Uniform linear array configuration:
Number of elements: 48
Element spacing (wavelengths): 0.25
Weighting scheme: hann
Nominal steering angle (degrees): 30
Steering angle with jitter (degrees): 29.761
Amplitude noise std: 0.05
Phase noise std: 0.05

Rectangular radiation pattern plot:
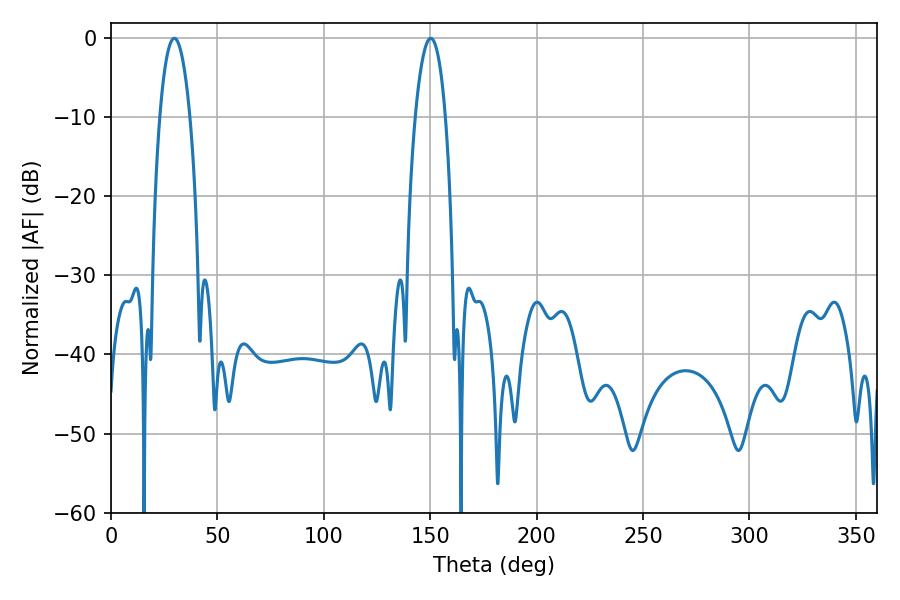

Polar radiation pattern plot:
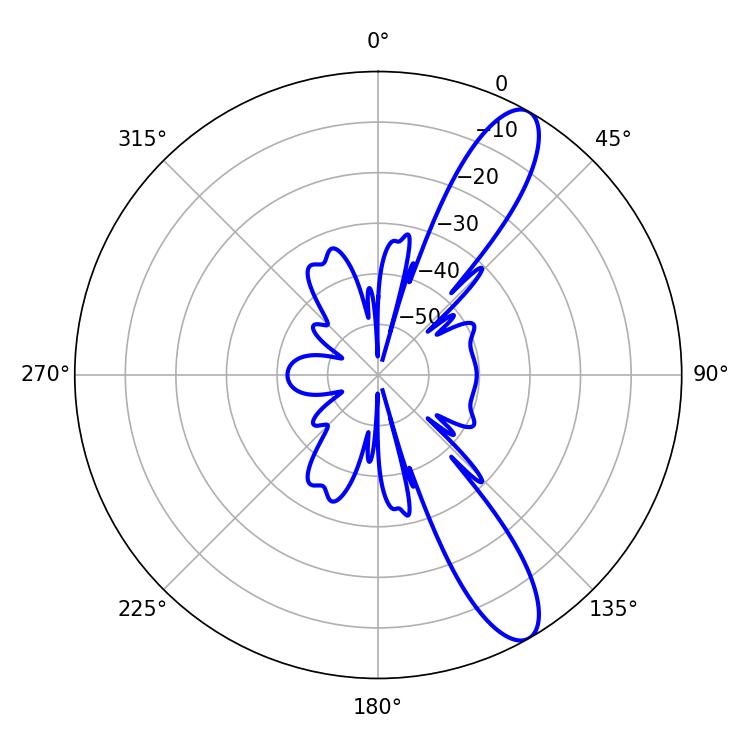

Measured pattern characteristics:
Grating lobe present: FALSE
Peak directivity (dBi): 11.347
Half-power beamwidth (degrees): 7.92
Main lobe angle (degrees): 29.7